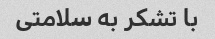
با تشکر به سلامتی